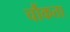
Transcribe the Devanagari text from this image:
चौंकता